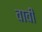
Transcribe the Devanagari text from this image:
वावी